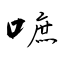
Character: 嗻